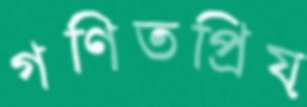
গণিতপ্রিয়